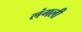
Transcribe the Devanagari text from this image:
लंगली